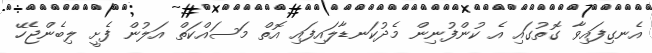
އެނގިފައިވާ ގޮތުގައި އެ ކުންފުނިން މެދުކަނޑާލައިފައި އޮތް މަސައްކަތް އަލުން ފެށީ ލިބެންޖެހޭ